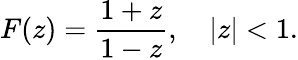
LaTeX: F(z)={\frac{1+z}{1-z}},\quad|z|<1.